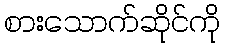
စားသောက်ဆိုင်ကို